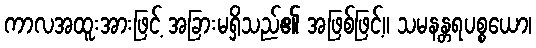
ကာလအထူးအားဖြင့် အခြားမရှိသည်၏ အဖြစ်ဖြင့်။ သမနန္တရပစ္စယော၊